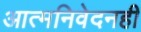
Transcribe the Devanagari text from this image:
आत्मनिवेदनही